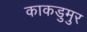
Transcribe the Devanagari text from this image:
काकडुमुर